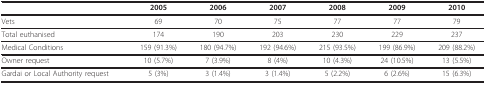
|  | 2005 | 2006 | 2007 | 2008 | 2009 | 2010 |
 | --- | --- | --- | --- | --- | --- | --- |
 | Vets | 69 | 70 | 75 | 77 | 77 | 79 |
 | Total euthanised | 174 | 190 | 203 | 230 | 229 | 237 |
 | Medical Conditions | 159 (91.3%) | 180 (94.7%) | 192 (94.6%) | 215 (93.5%) | 199 (86.9%) | 209 (88.2%) |
 | Owner request | 10 (5.7%) | 7 (3.9%) | 8 (4%) | 10 (4.3%) | 24 (10.5%) | 13 (5.5%) |
 | Gardai or Local Authority request | 5 (3%) | 3 (1.4%) | 3 (1.4%) | 5 (2.2%) | 6 (2.6%) | 15 (6.3%) |